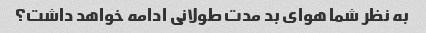
به نظر شما هوای بد مدت طولانی ادامه خواهد داشت؟